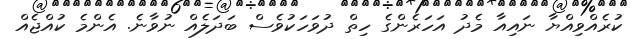
ކުރެއްވިއްޔާ ނައިއާ މެދު އަހަރެންގެ ހިތް ދުވަހަކުވެސް ބަދަލެއް ނުވާނެ. އެންމެ ކުއްޖެއް